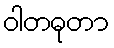
ဝါတဓုတာ